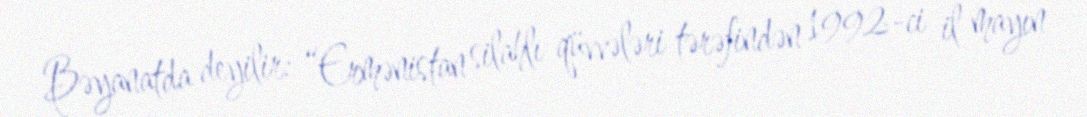
Bəyanatda deyilir: “Ermənistan silahlı qüvvələri tərəfindən 1992-ci il mayın